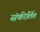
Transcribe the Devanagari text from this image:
संकीर्तित